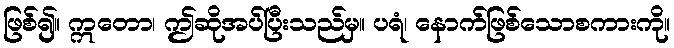
ဖြစ်၍။ ဣတော၊ ဤဆိုအပ်ပြီးသည်မှ။ ပရံ၊ နောက်ဖြစ်သောစကားကို။